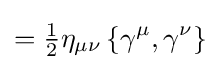
={\tfrac {1}{2}}\eta _{\mu \nu }\left\{\gamma ^{\mu },\gamma ^{\nu }\right\}